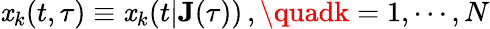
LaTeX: \mathit{x}_{k}(t,\tau)\equiv\mathit{x}_{k}(t|\mathbf{{J}}(\tau))\, ,\quadk=1,\cdots,N